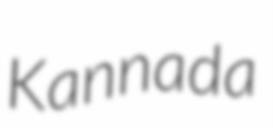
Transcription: Kannada